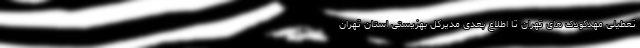
تعطیلی مهدکودک ‌های تهران تا اطلاع بعدی مدیرکل بهزیستی استان تهران